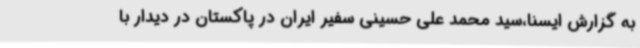
به گزارش ایسنا،سید محمد علی حسینی سفیر ایران در پاکستان در دیدار با